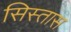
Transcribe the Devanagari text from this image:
सिस्तास